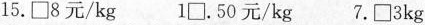
15.\Box 8元/kg 1\Box .50元/kg 7.\Box 3kg